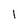
Character: 1